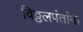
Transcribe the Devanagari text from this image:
विठ्ठलपंतांना